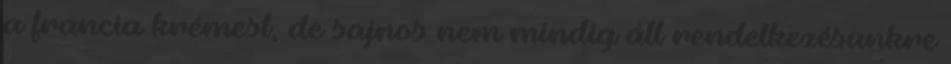
a francia krémest, de sajnos nem mindig áll rendelkezésünkre